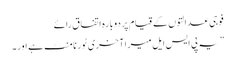
فوجی عدالتوں کے قیام پر دوبارہ اتفاق رائے
”یہ پی ایس ایل میرا آخری ٹورنامنٹ ہے اور۔